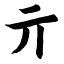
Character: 亓